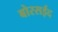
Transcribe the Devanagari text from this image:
बोरसईद